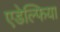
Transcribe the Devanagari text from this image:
एडेल्फिया